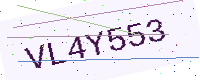
Text: VL4Y553